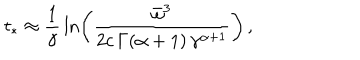
LaTeX: t _ { * } \approx \frac { 1 } { \gamma } \, \ln \left( \frac { \bar { \omega } ^ { 3 } } { 2 c \, \Gamma ( \alpha + 1 ) \, \gamma ^ { \alpha + 1 } } \right) \, ,